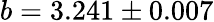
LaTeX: b=3.241\pm 0.007